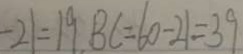
- 2 1 = 1 9 B C = 6 0 - 2 1 = 3 9